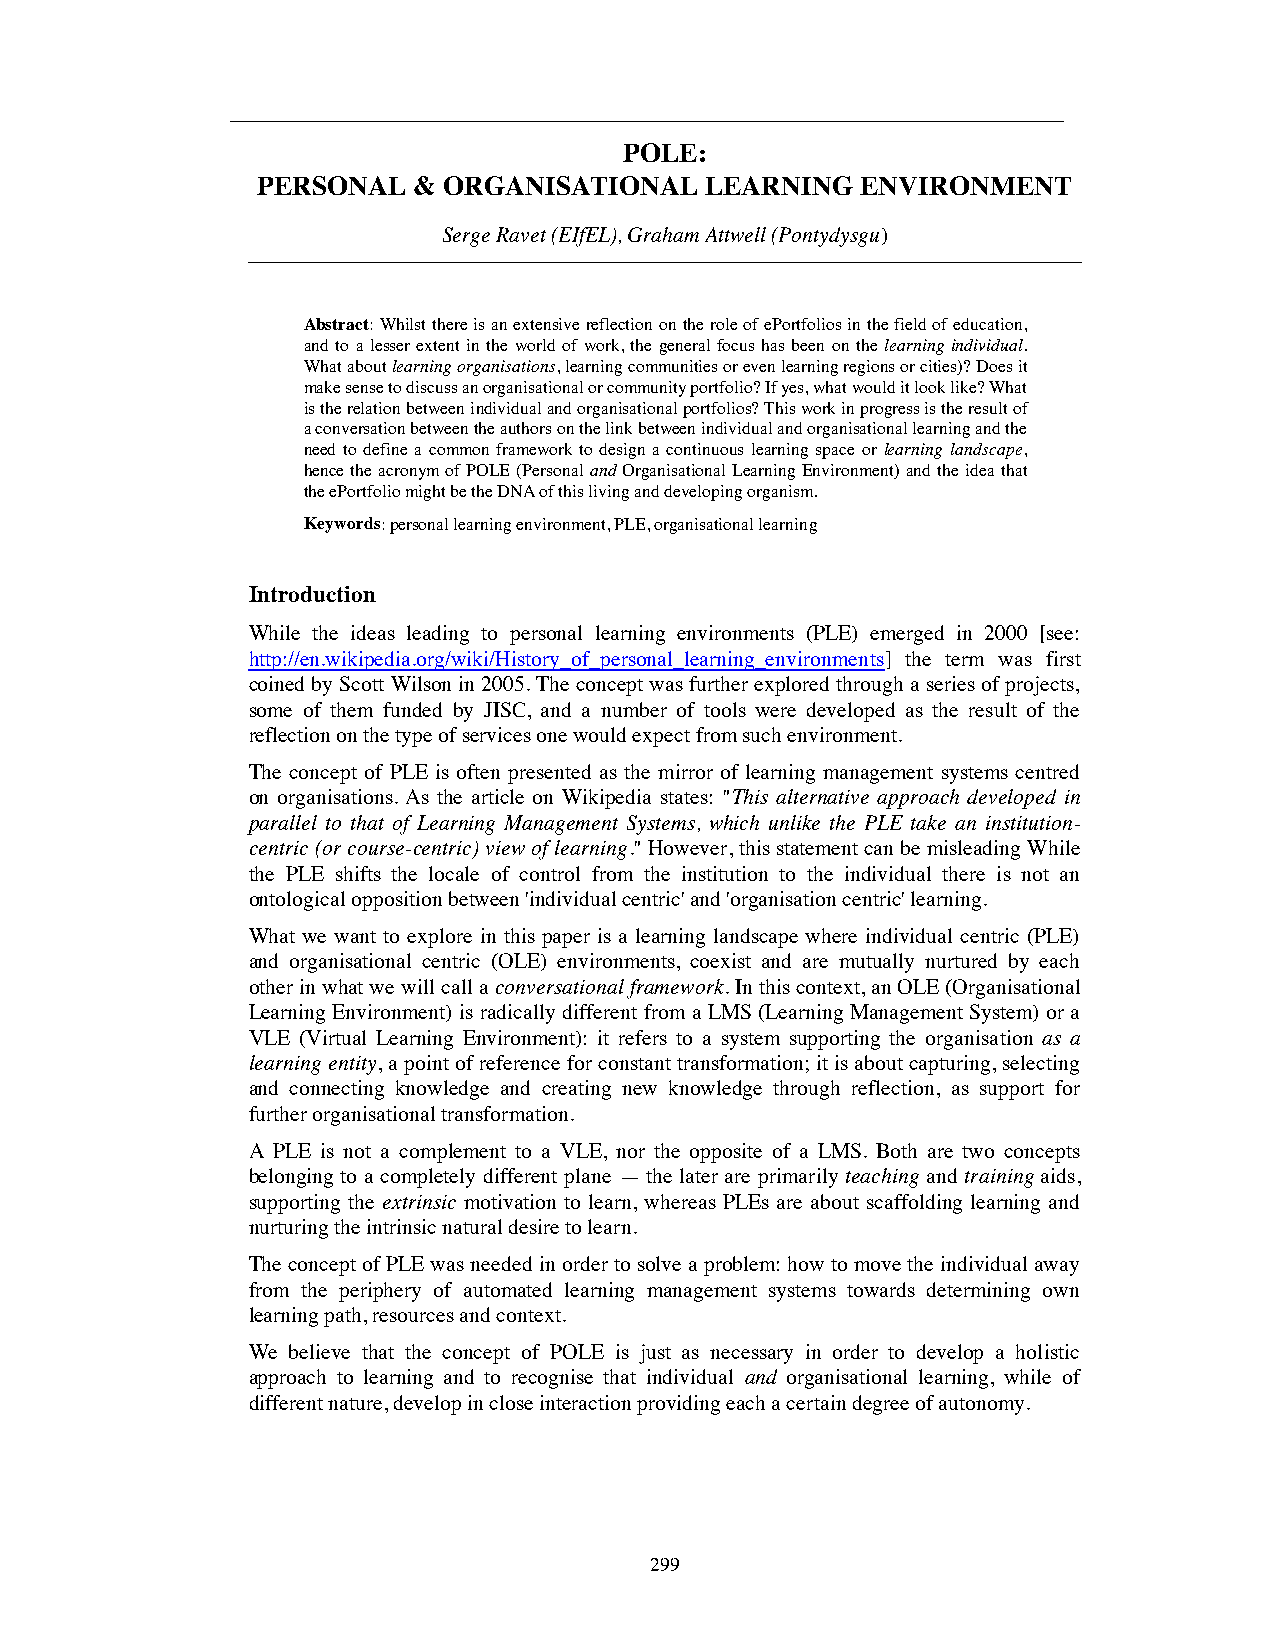
POLE:
 PERSONAL  & ORGANISATIONAL    LEARNING  ENVIRONMENT
 Serge Ravet (EIfEL), Graham Attwell (Pontydysgu)
 Abstract:Whilst there is an extensive reflection on the role of ePortfolios in the field of education,
 and to a lesser extent in the world of work, the general focus has been on the learning individual.
 What aboutlearning organisations, learning communities or even learning regions or cities)? Does it
 make sense to discuss an organisational or community portfolio? If yes, what would it look like? What
 is the relation between individual and organisational portfolios? This work in progress is the result of
 a conversation between the authors on the link between individual and organisational learning and the
 need to define a common framework to design a continuous learning space or learning landscape,
 hence the acronym of POLE (Personal and Organisational Learning Environment) and the idea that
 the ePortfolio might be the DNA of this living and developing organism.
 Keywords:personal learning environment, PLE, organisational learning
 Introduction
 While the ideas leading to personal learning environments (PLE) emerged in 2000 [see:
 http://en.wikipedia.org/wiki/History_of_personal_learning_environments] the term was first
 coined by Scott Wilson in 2005. The concept was further explored through a series of projects,
 some of them funded by JISC, and a number of tools were developed as the result of the
 reflection on the type of services one would expect from such environment.
 The concept of PLE is often presented as the mirror of learning management systems centred
 on organisations. As the article on Wikipedia states: "This alternative approach developed in
 parallel to that of Learning Management Systems, which unlike the PLE take an institution-
 centric (or course-centric) view of learning." However, this statement can be misleading While
 the PLE shifts the locale of control from the institution to the individual there is not an
 ontological opposition between 'individual centric' and 'organisation centric' learning.
 What we want to explore in this paper is a learning landscape where individual centric (PLE)
 and organisational centric (OLE) environments, coexist and are mutually nurtured by each
 other in what we will call a conversational framework. In this context, an OLE (Organisational
 Learning Environment) is radically different from a LMS (Learning Management System) or a
 VLE (Virtual Learning Environment): it refers to a system supporting the organisation as a
 learning entity, a point of reference for constant transformation; it is about capturing, selecting
 and connecting knowledge and creating new knowledge through reflection, as support for
 further organisational transformation.
 A PLE is not a complement to a VLE, nor the opposite of a LMS. Both are two concepts
 belonging to a completely different plane — the later are primarily teaching and training aids,
 supporting the extrinsic motivation to learn, whereas PLEs are about scaffolding learning and
 nurturing the intrinsic natural desire to learn.
 The concept of PLE was needed in order to solve a problem: how to move the individual away
 from the periphery of automated learning management systems towards determining own
 learning path, resources and context.
 We believe that the concept of POLE is just as necessary in order to develop a holistic
 approach to learning and to recognise that individual and organisational learning, while of
 different nature, develop in close interaction providing each a certain degree of autonomy.
 299